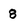
Character: 8